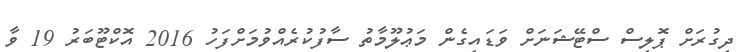
ދިގުރަށް ޕޮލިސް ސްޓޭޝަނަށް ވަޑައިގެން މަޢުލޫމާތު ސާފުކުރެއްވުމަށްފަހު 2016 އޮކްޓޫބަރު 19 ވާ